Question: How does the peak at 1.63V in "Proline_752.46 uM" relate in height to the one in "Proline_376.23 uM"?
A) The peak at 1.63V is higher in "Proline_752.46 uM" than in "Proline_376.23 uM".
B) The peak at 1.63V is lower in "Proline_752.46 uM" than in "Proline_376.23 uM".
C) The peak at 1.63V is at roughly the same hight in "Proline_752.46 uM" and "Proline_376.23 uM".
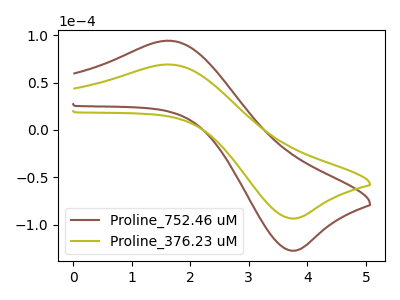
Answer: <think>The brown curve "Proline_752.46 uM" has an anodic peak at (1.65V, 94.30uA) and a cathodic peak at (3.80V, -127.45uA). The olive curve "Proline_376.23 uM" has an anodic peak at (1.65V, 69.15uA) and a cathodic peak at (3.80V, -93.50uA).</think>
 <answer>A) The peak at 1.63V is higher in "Proline_752.46 uM" than in "Proline_376.23 uM".</answer>
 <eval>A</eval>